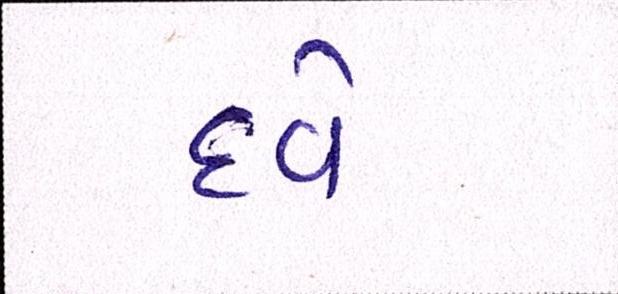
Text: દવે